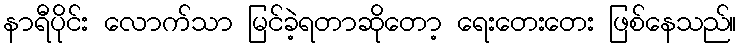
နာရီပိုင်း လောက်သာ မြင်ခဲ့ရတာဆိုတော့ ရေးတေးတေး ဖြစ်နေသည်။